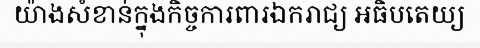
យ៉ាងសំខាន់ក្នុងកិច្ចការពារឯករាជ្យ អធិបតេយ្យ